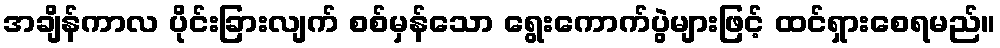
အချိန်ကာလ ပိုင်းခြားလျက် စစ်မှန်သော ရွေးကောက်ပွဲများဖြင့် ထင်ရှားစေရမည်။